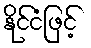
နိုင်ငံဖြင့်